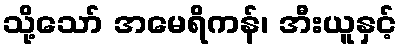
သို့သော် အမေရိကန်၊ အီးယူနှင့်